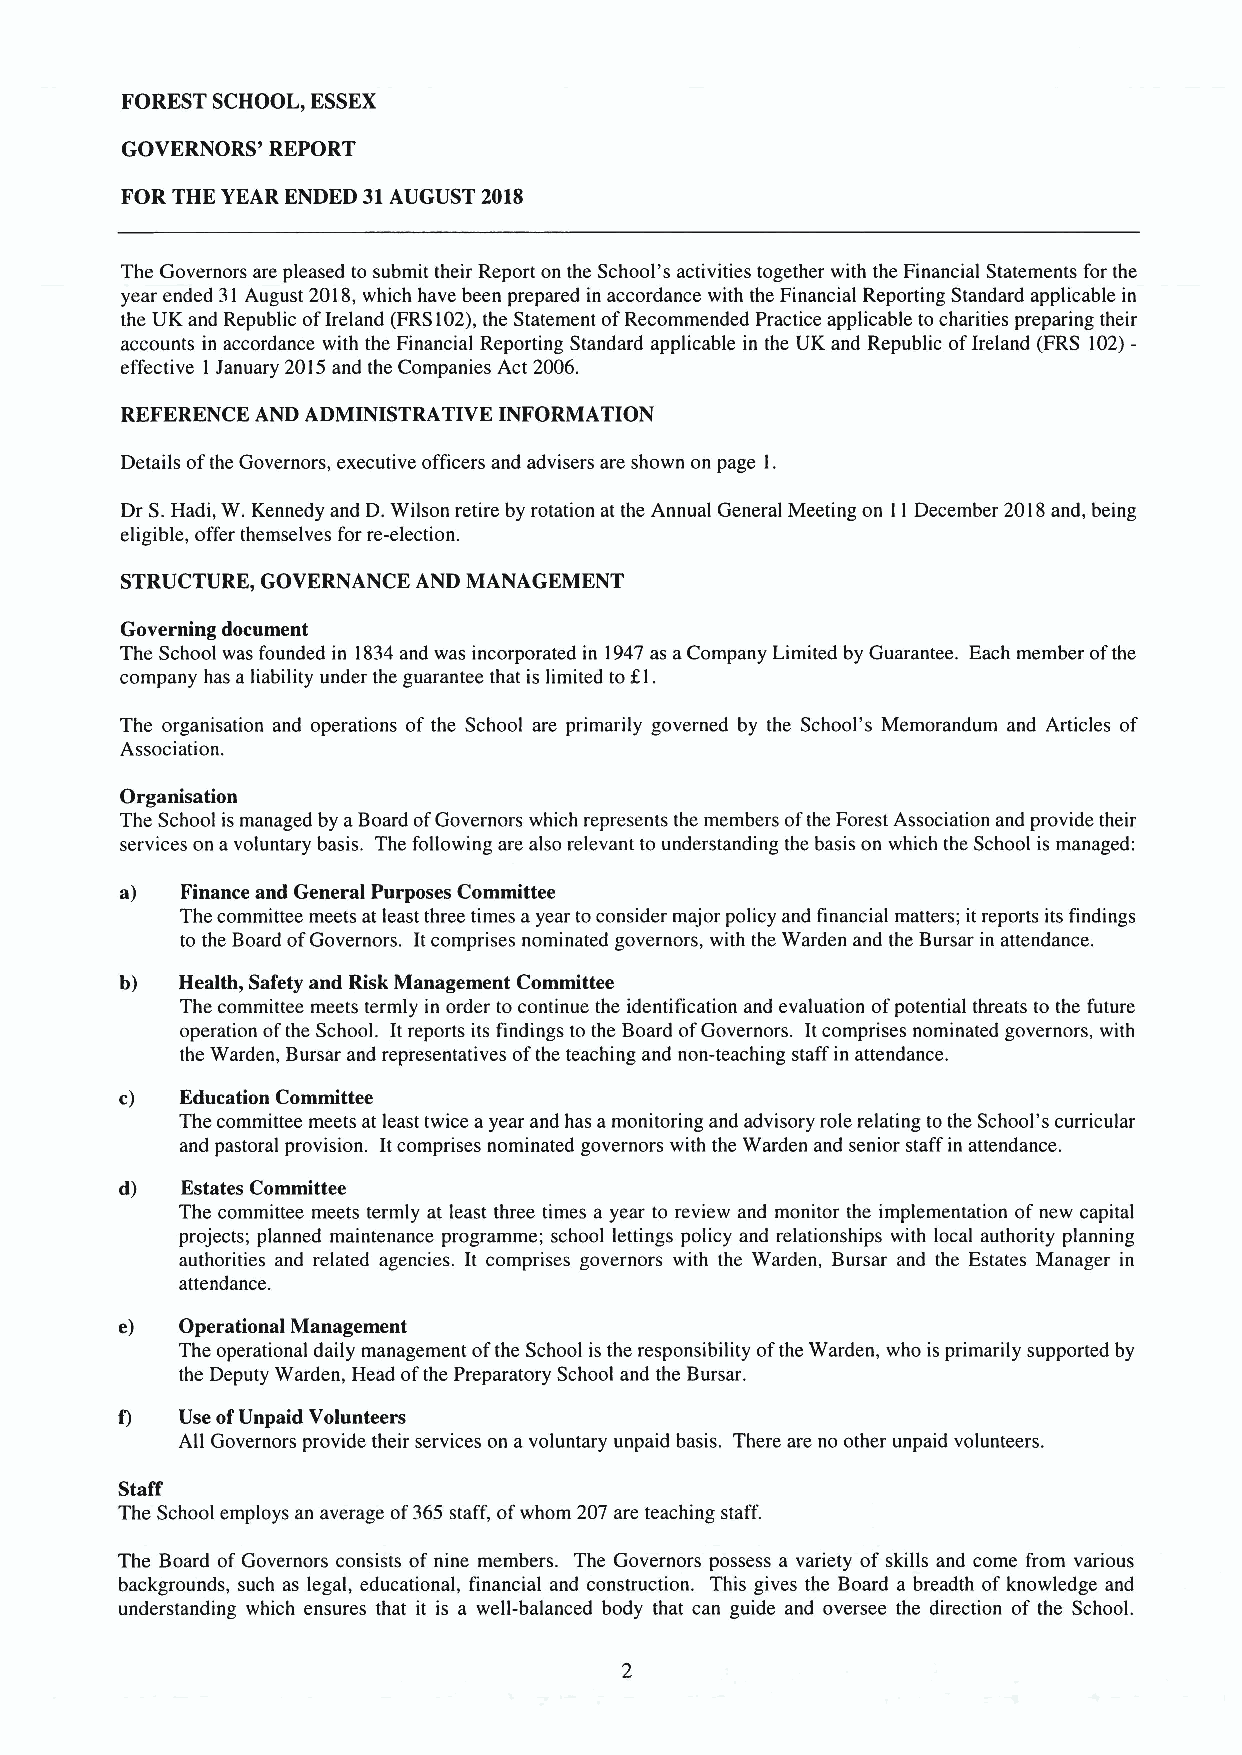
FOREST SCHOOL, ESSEX
 GOVERNORS' REPORT
 FOR THE YEAR ENDED 31AUGUST 2018
 The Governors are pleased to submit their Report on the School's activities together with the Financial Statements for the
 year ended 31 August 2018,which have been prepared in accordance with the Financial Reporting Standard applicable in
 the UK and Republic ofIreland (FRS102),the Statement ofRecommended Practice applicable to charities preparing their
 accounts in accordance with the Financial Reporting Standard applicable in the UK and Republic ofIreland (FRS 102)-
 effective 1 January 2015and the Companies Act 2006.
 REFERENCE AND ADMINISTRATIVE INFORMATION
 Details ofthe Governors, executive officers and advisers are shown on page l.
 Dr S.Hadi, W. Kennedy and D.Wilson retire by rotation at the Annual General Meeting on 11December 2018and, being
 eligible, offer themselves for re-election.
 STRUCTURE, GOVERNANCE AND MANAGEMENT
 Governing document
 The School was founded in 1834and was incorporated in 1947as aCompany Limited by Guarantee. Each member ofthe
 company has aliability under the guarantee that is limited tof,l.
 The organisation and operations of the School are primarily governed by the School's Memorandum and Articles of
 Association.
 Organisation
 The School is managed by aBoard ofGovernors which represents the members ofthe Forest Association and provide their
 services on avoluntary basis. The following are also relevant to understanding the basis on which the School is managed:
 a)  Finance and General Purposes Committee
 The committee meets at least three times ayear toconsider major policy and financial matters; itreports its findings
 to the Board ofGovernors. Itcomprises nominated governors, with the Warden and the Bursar in attendance.
 b)  Health, Safety and Risk Management Committee
 The committee meets termly in order to continue the identification and evaluation ofpotential threats to the future
 operation ofthe School. Itreports its findings to the Board ofGovernors. Itcomprises nominated governors, with
 the Warden, Bursar and representatives ofthe teaching and non-teaching staff in attendance.
 c)  Education Committee
 The committee meets at least twice ayear and has amonitoring and advisory role relating tothe School's curricular
 and pastoral provision. Itcomprises nominated governors with the Warden and senior staff in attendance.
 d)  Estates Committee
 The committee meets termly at least three times a year to review and monitor the implementation ofnew capital
 projects; planned maintenance programme; school lettings policy and relationships with local authority planning
 authorities and related agencies. It comprises governors with the Warden, Bursar and the Estates Manager in
 attendance.
 e)  Operational Management
 The operational daily management ofthe School is the responsibility ofthe Warden, who is primarily supported by
 the Deputy Warden, Head ofthe Preparatory School and the Bursar.
 f)  Use ofUnpaid Volunteers
 All Governors provide their services on avoluntary unpaid basis. There are no other unpaid volunteers.
 Staff
 The School employs an average of365 staff, ofwhom 207 are teaching staff.
 The Board ofGovernors consists of nine members. The Governors possess a variety of skills and come from various
 backgrounds, such as legal, educational, financial and construction. This gives the Board a breadth ofknowledge and
 understanding which ensures that it is a well-balanced body that can guide and oversee the direction of the School.